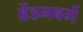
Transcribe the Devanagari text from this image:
ब्रेंडनबर्ग